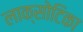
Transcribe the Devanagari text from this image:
लाक्सोटिका